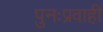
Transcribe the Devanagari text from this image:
पुनःप्रवाही